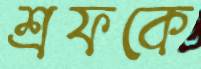
শ্রফকে